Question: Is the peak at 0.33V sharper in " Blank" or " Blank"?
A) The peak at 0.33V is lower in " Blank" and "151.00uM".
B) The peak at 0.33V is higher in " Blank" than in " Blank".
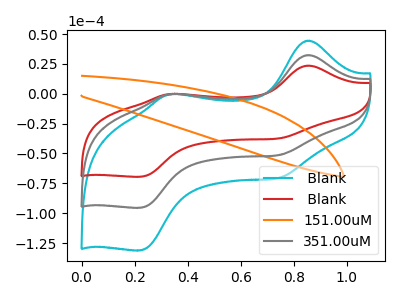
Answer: <think>The cyan curve " Blank" has anodic peaks at (0.85V, 64.75uA) (0.35V, -0.65uA) and cathodic peaks at (0.75V, -102.85uA) (0.20V, -191.00uA). The red curve " Blank" has anodic peaks at (0.85V, 23.55uA) (0.35V, -0.25uA) and cathodic peaks at (0.75V, -37.45uA) (0.20V, -69.50uA). The orange curve "151.00uM" has no peaks. The gray curve "351.00uM" has anodic peaks at (0.85V, 32.40uA) (0.35V, -0.30uA) and cathodic peaks at (0.75V, -51.45uA) (0.20V, -95.50uA).</think>
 <answer>B) The peak at 0.33V is higher in " Blank" than in " Blank".</answer>
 <eval>B</eval>